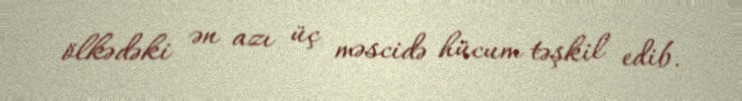
ölkədəki ən azı üç məscidə hücum təşkil edib.